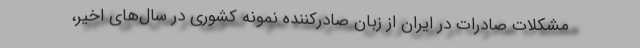
مشکلات صادرات در ایران از زبان صادرکننده نمونه کشوری در سال‌های اخیر،